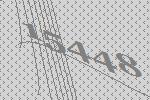
15448